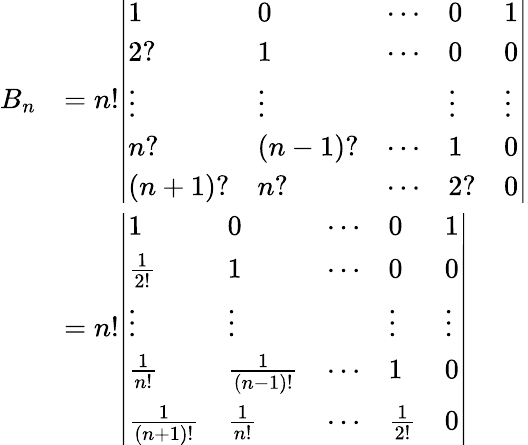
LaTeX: {\begin{array}{rl}{B_{n}}&{=n!{\left|\begin{array}{lllll}{1}&{0}&{\cdots}&{0}&{1}\\ {2?}&{1}&{\cdots}&{0}&{0}\\ {\vdots}&{\vdots}&&{\vdots}&{\vdots}\\ {n?}&{(n-1)?}&{\cdots}&{1}&{0}\\ {(n+1)?}&{n?}&{\cdots}&{2?}&{0}\end{array}\right|}}\\ &{=n!{\left|\begin{array}{lllll}{1}&{0}&{\cdots}&{0}&{1}\\ {{\frac{1}{2!}}}&{1}&{\cdots}&{0}&{0}\\ {\vdots}&{\vdots}&&{\vdots}&{\vdots}\\ {{\frac{1}{n!}}}&{{\frac{1}{(n-1)!}}}&{\cdots}&{1}&{0}\\ {{\frac{1}{(n+1)!}}}&{{\frac{1}{n!}}}&{\cdots}&{{\frac{1}{2!}}}&{0}\end{array}\right|}}\end{array}}